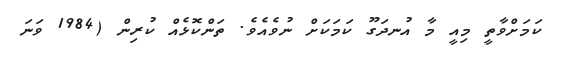
ކަމަށްވާތީ މިއީ މާ އުނދަގޫ ކަމަކަށް ނުވެއެވެ. ތަންކޮޅެއް ކުރިން (1984 ވަނަ